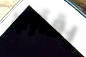
يقترب